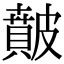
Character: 𥀢